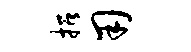
招用